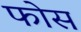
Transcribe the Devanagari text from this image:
फोस